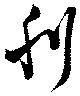
刋